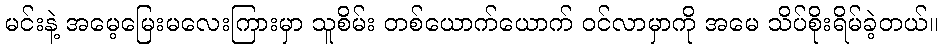
မင်းနဲ့ အမေ့မြေးမလေးကြားမှာ သူစိမ်း တစ်ယောက်ယောက် ဝင်လာမှာကို အမေ သိပ်စိုးရိမ်ခဲ့တယ်။